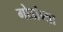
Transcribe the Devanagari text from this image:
गोडांब्या